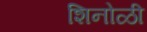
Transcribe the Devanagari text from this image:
शिनोळी